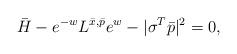
LaTeX: \begin{align*}\bar{H}-e^{-w} L^{\bar{x}, \bar{p}} e^{w} - |\sigma^T \bar{p}|^2 = 0,\end{align*}